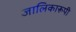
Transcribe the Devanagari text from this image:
जालिकारूपी